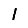
Digit: 1